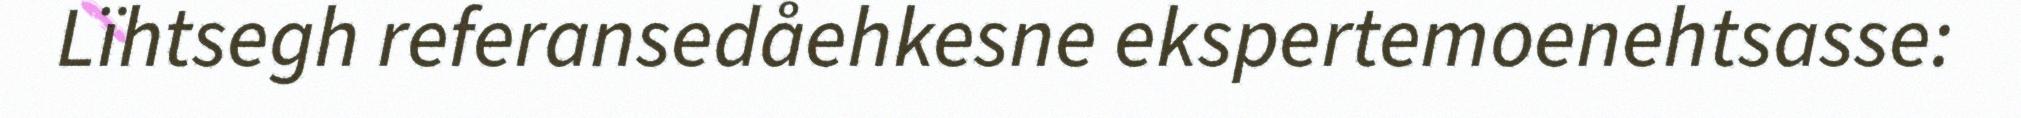
Lïhtsegh referansedåehkesne ekspertemoenehtsasse: